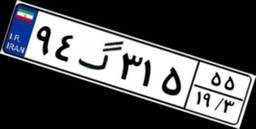
۹۴گ۳۱۵۵۵